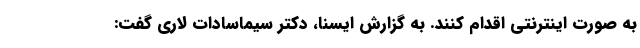
به صورت اینترنتی اقدام کنند. به گزارش ایسنا، دکتر سیماسادات لاری گفت: